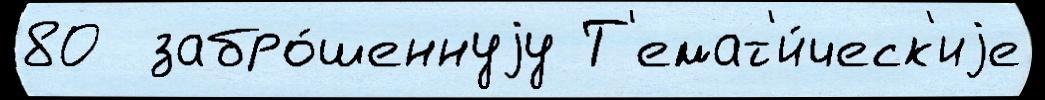
80  забро́шеннуjу Т'емат'и́ческ'иjе